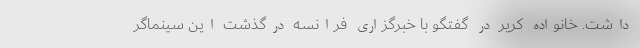
داشت. خانواده کریر در گفتگو با خبرگزاری فرانسه درگذشت این سینماگر